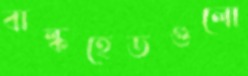
বাল্কহেডগুলো